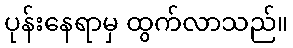
ပုန်းနေရာမှ ထွက်လာသည်။